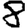
Digit: 8